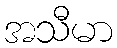
အသီမာ